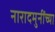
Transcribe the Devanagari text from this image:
नारादमुनींच्या